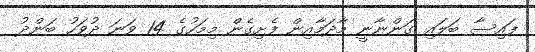
ފައިސާ ބަލައި ގަންނާނީ މާދަމާއިން ފެށިގެން މިމަހުގެ 14 ވަނަ ދުވަހު ބަންދު